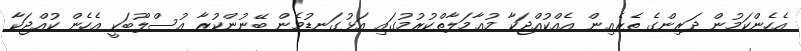
އެހެންކަމުން ދަރިންގެ ތެރެއިން އެއްކުއްޖަކާ މުޢާމަލާތްކުރުމުގައި އަޅުގަނޑުމެން ބޭނުންކުރާ އުސްލޫބަކީ އެހެން ކުއްޖަކާ